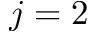
j = 2